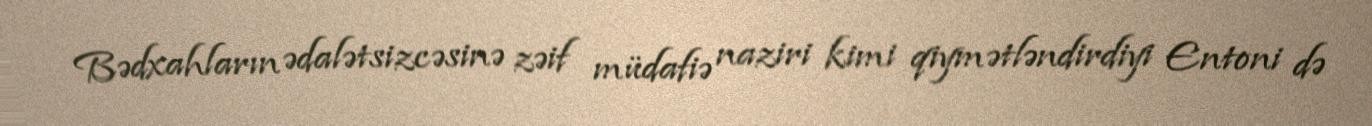
Bədxahların ədalətsizcəsinə zəif müdafiə naziri kimi qiymətləndirdiyi Entoni də